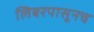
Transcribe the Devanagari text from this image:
लिबरपासूनच